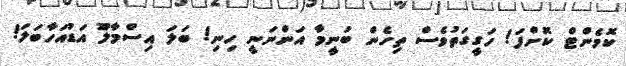
ކޮމެންޓް ކޮށްފަ! ހަގީގަތުވެސް ތިހެން ބުނީމާ އަންނަނީ ހިނި! ބަލަ އިސްމާލްޫ އަޑުއަހާބަލަ!